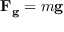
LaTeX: \mathbf { F _ { g } } = m \mathbf { g }